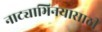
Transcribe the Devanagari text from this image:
नाट्याभिनयासाठी